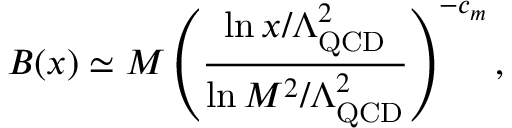
B ( x ) \simeq M \left( \frac { \ln x / \Lambda _ { \mathrm { Q C D } } ^ { 2 } } { \ln M ^ { 2 } / \Lambda _ { \mathrm { Q C D } } ^ { 2 } } \right) ^ { - c _ { m } } ,